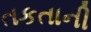
તકતાની